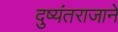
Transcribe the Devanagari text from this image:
दुष्यंतराजाने